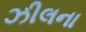
ઝીલના